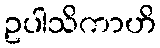
ဥပါသိကာဟိ